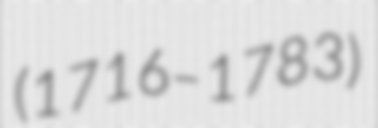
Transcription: (1716–1783)